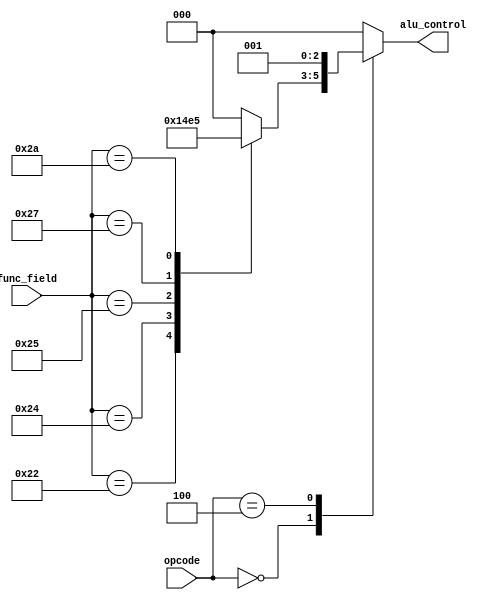
module ALU_Control(opcode, func_field, alu_control);

input [5:0] opcode;
input [5:0] func_field;
output reg [2:0] alu_control;
reg [2:0] func_code;

//Implements
// opcode   func_field  Operation  --Output (sends this number to alu_core)
// h00      h20         ADD        --(alu_control 0)
// h00      h22         SUB        --(alu_control 1)
// h00      h24         AND        --(alu_control 2)
// h00      h25         OR         --(alu_control 3)
// h00      h27         NOR        --(alu_control 4)
// h00      h2A         SLT        --(alu_control 5)
// h23      ---         LW         --(alu_control 0)
// h2B      ---         SW         --(alu_control 0)
// h04      ---         BEQ        --(alu_control 1)

always @ (*) //Always at any change, evaluate everything
begin
    case (func_field)
    6'h20: func_code = 3'h0; //6'h20 here means take input of 6 bit number declared as hex number 20, aka 18 in decimal or 010010 in binary
    6'h22: func_code = 3'h1; //the 3'h1 part means assign func_code to be the 3 bit number declared as hex 1, aka decimal 1, or 000001 in binary
    6'h24: func_code = 3'h2;
    6'h25: func_code = 3'h3;
    6'h27: func_code = 3'h4;
    6'h2A: func_code = 3'h5;
    default: func_code = 3'h0;
    endcase

    case (opcode)
    6'h00: alu_control = func_code; //Copy whatever the func_code was assigned
    6'h04: alu_control = 3'h1;      //Function code is subtract, operation is brance on equal to
    6'h23: alu_control = 3'h0;      //Function code is add. Operation is load word
    6'h2B: alu_control = 3'h0;      //Function code is add. Operation is store word
    default: alu_control = 3'h0;
    endcase
end

endmodule

module ALU_Core(alu_control, A, B, result, zero);
//Supports AND, OR, ADD, SUB, SLT, NOR, LW, SW, BEQ
input [2:0] alu_control;
input [31:0] A;
input [31:0] B;
output reg [31:0] result;
output wire zero;

assign zero = !(|result); //Reduce our 32-bit result to a single expression
                          //so we OR our entire result. AKA when expression is NOT zero, it is 1
                          //We then logical NOT the expression. This assures we will have zero whenever we get a number that is not zero

always @ (*)
begin
    case(alu_control)
    3'h0: result = A + B;       //Addition
    3'h1: result = A - B;       //Subtraction
    3'h2: result = A & B;       //AND
    3'h3: result = A | B;       //OR
    3'h4: result = ~(A | B);    //NOR
    3'h5: result = (A < B);     //SLT
    default: result = A + B;    //Addition
    endcase
end
endmodule

module ALU_Top(opcode, func_field, A, B, result, zero);

input [5:0] opcode;
input [5:0] func_field;
input [31:0] A;
input [31:0] B;
output [31:0] result;
output zero;

wire [2:0] alu_control;

ALU_Control aluctrl_inst (.opcode (opcode), 
                          .func_field (func_field),
                          .alu_control (alu_control));
ALU_Core alucore_inst (.A (A),
                       .B (B),
                       .alu_control (alu_control),
                       .result (result),
                       .zero (zero));
endmodule

module Testbench();

reg [5:0] opcode;
reg [5:0] func_field;
reg [31:0] A;
reg [31:0] B;

//Output
wire [31:0] result;
wire zero;

ALU_Top alutop_DUT (.opcode (opcode),
                    .func_field (func_field),
                    .A (A),
                    .B (B),
                    .result (result),
                    .zero (zero));

initial begin
    opcode = 0;
    func_field = 0;
    A = 0;
    B = 0;

    $dumpfile("mips_alu.vcd");
    $dumpvars;
    #30 //Wait 30 cycles/ticks
    
    A = 32'h2222; B = 32'h1111;
    opcode = 6'h00; func_field = 6'h20; //Perform addition (opcode 000000, func_field 010100)
    #30
    //$display("%b", opcode);
    opcode = 6'h00; func_field = 6'h24; //Perform subtraction
    #30;

    opcode = 6'h23; func_field = 6'h00; //Perform load word
    #30;

    A = 32'h5555; B = 32'h5555; // TYPO ?? 
    opcode = 6'h04; func_field = 6'h00; //Perform ranch on equal to
    #30;

    A = 32'h1111; B = 32'h2222;
    opcode = 6'h00; func_field = 6'h2A;
    #30
    // $dumpvars(0,opcode);
    // $dumpvars(1,func_field);
    // $dumpvars(2,A);
    // $dumpvars(3,B);
    // $dumpvars(4,result);
    // $dumpvars(5,zero);
    $finish;
end

endmodule